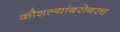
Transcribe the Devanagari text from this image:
कौशल्यांबरोबरच